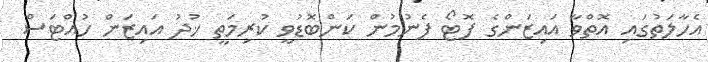
އެހާލަތުގައި އޮތްވާ އައިޒަންގެ ފޮޓޯ ފެނުމުން ކަންބޮޑުވީ ކުރިމަތީ ޚުދު އައިޒަން ހުއްޓަސް